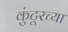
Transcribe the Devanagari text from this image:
कुंटूरच्या